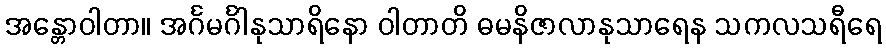
အန္တောဝါတာ။ အင်္ဂမင်္ဂါနုသာရိနော ဝါတာတိ ဓမနိဇာလာနုသာရေန သကလသရီရေ